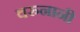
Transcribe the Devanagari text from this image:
वरुनानी